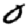
Digit: 0